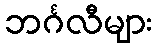
ဘင်္ဂလီများ